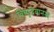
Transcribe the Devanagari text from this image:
विष्णुदेवानन्द